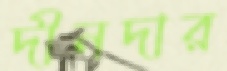
দীনদার